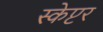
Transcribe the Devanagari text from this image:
स्केप्टर